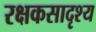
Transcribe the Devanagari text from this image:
रक्षकसादृश्य